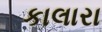
કાલારા